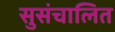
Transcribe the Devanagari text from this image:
सुसंचालित